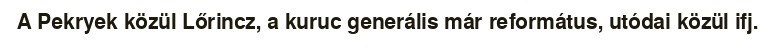
A Pekryek közül Lőrincz, a kuruc generális már református, utódai közül ifj.